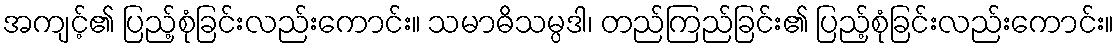
အကျင့်၏ ပြည့်စုံခြင်းလည်းကောင်း။ သမာဓိသမ္ပဒါ၊ တည်ကြည်ခြင်း၏ ပြည့်စုံခြင်းလည်းကောင်း။